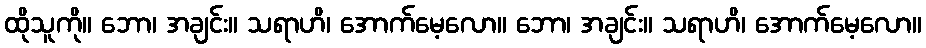
ထိုသူကို။ ဘော၊ အချင်း။ သရာဟိ၊ အောက်မေ့လော။ ဘော၊ အချင်း။ သရာဟိ၊ အောက်မေ့လော။